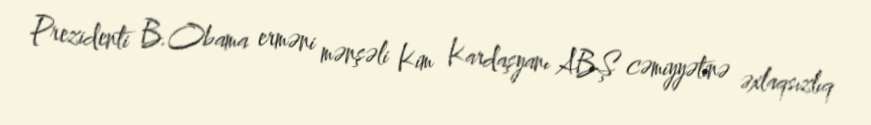
Prezidenti B.Obama erməni mənşəli Kim Kardaşyanı ABŞ cəmiyyətinə əxlaqsızlıq